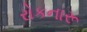
રોકનારૂ